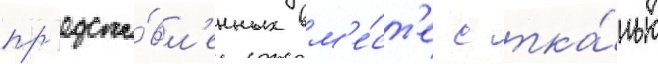
пр'едста́вл'енных вм'е́ст'е с тка́нью